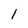
Character: l